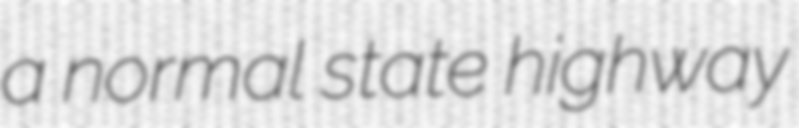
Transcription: a normal state highway